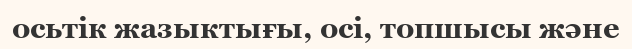
осьтік жазыктығы, осі, топшысы және